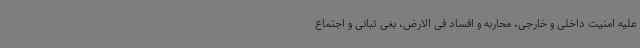
علیه امنیت داخلی و خارجی، محاربه و افساد فی الارض، بغی تبانی و اجتماع